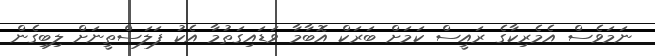
ނަމަވެސް އެމެރިކާގެ ރައީސް ކަމަށް ބަރަކް އޮބާމާ ވަޑައިގަތުމާ އެކު ފަލަސްތީނަށް ލިބިގެން